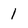
Character: 1